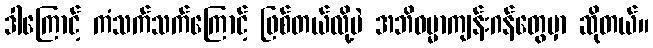
ဒါကြောင့် ကံသက်သက်ကြောင့် ဖြစ်တယ်လို့ပဲ အဘိဓမ္မာကျန်းဂန်တွေမှာ ဆိုတယ်။